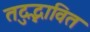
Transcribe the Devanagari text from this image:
तदुद्भावित